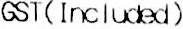
GST(INCLUDED)